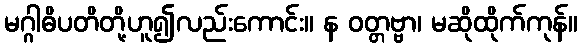
မဂ္ဂါဓိပတိတို့ဟူ၍လည်းကောင်း။ န ဝတ္တဗ္ဗာ၊ မဆိုထိုက်ကုန်။